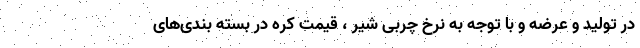
در تولید و عرضه و با توجه به نرخ چربی شیر ، قیمت کره در بسته بندی‌های